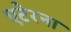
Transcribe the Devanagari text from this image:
एटेरना